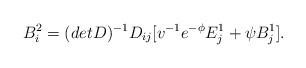
LaTeX: \begin{align*}B_{i}^2 = (detD)^{-1}D_{ij}[v^{-1}e^{-\phi}E_{j}^1 + \psi B_{j}^1].\end{align*}